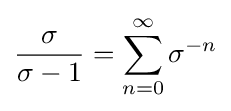
{\frac {\sigma }{\sigma -1}}=\sum _{n=0}^{\infty }\sigma ^{-n}